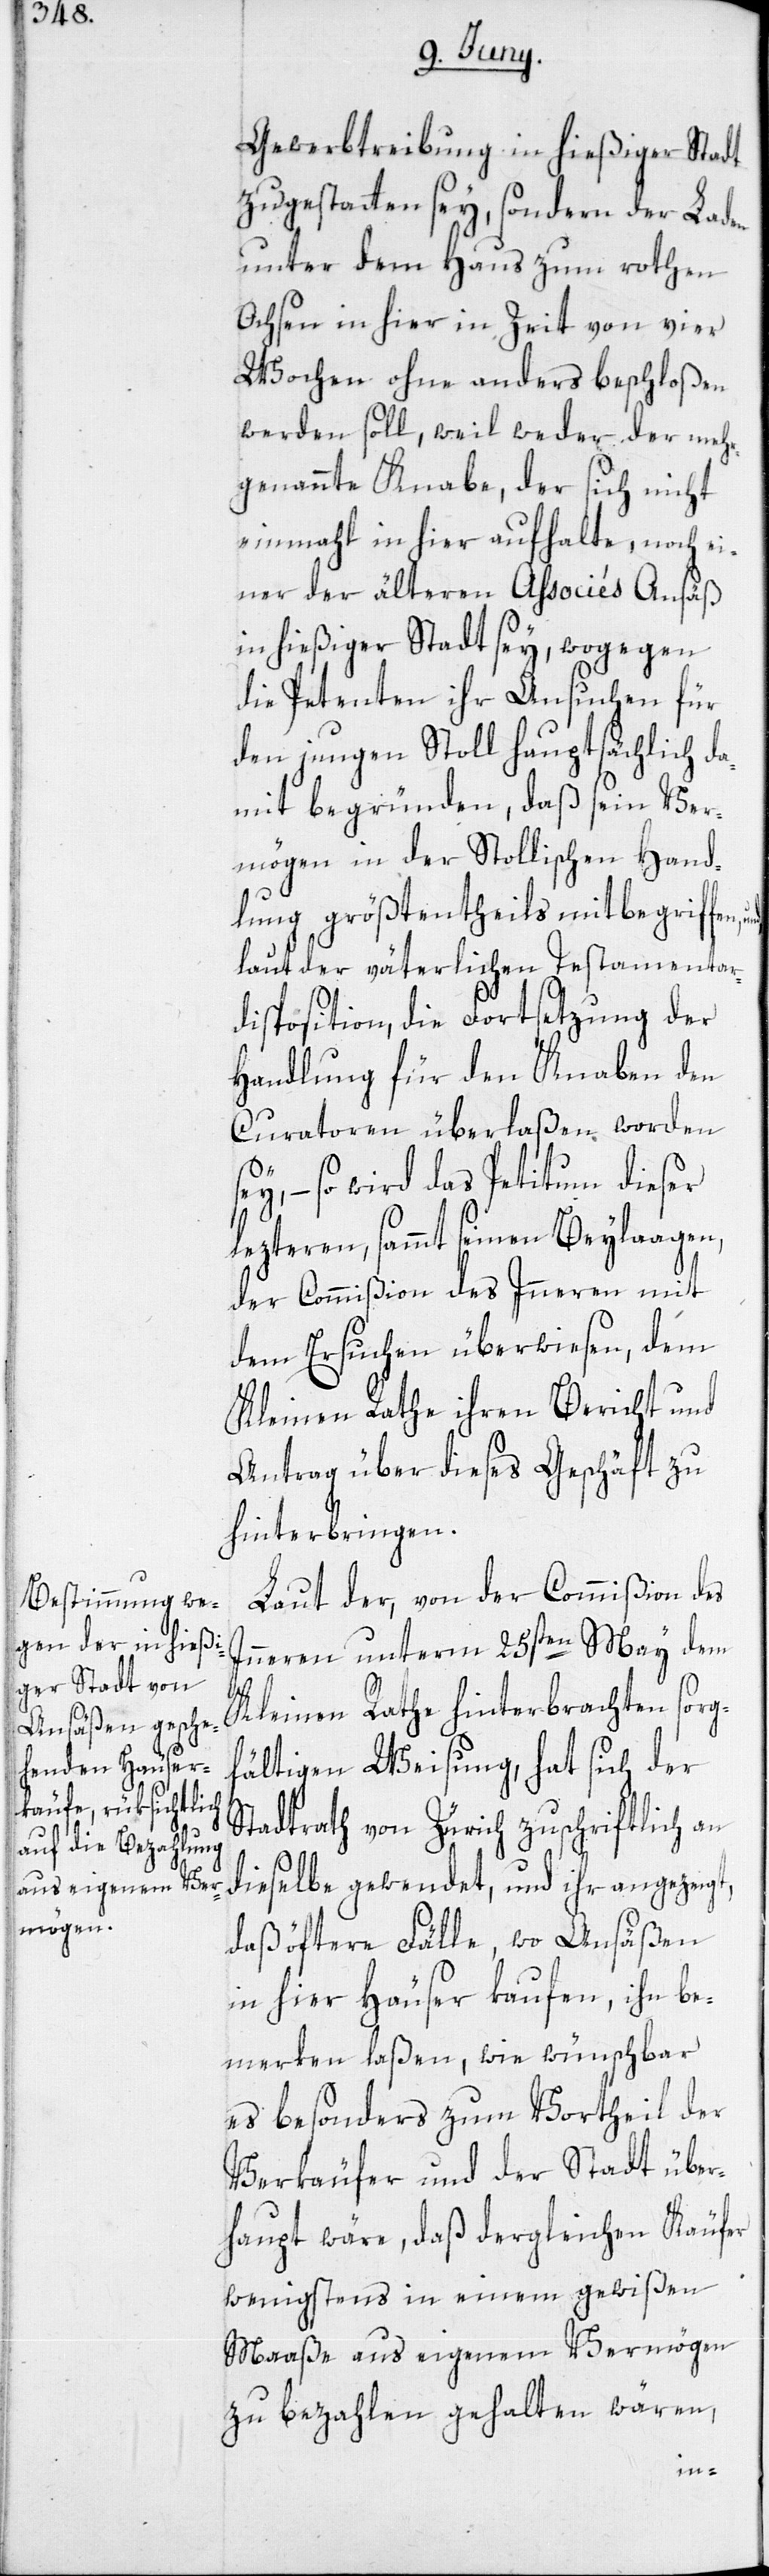
Gewerbtreibung in hießiger Stadt
zu gestatten sey, sondern der Laden
unter dem Haus zum rothen
Ochsen in hier in Zeit von vier
Wochen ohne anders beschloßen
werden soll, weil weder der mehr¬
genannte Knabe, der sich nicht
einmahl in hier aufhalte, noch ei¬
ner der älteren Associés Ansäß
in hießiger Stadt sey, wogegen
die Petenten ihr Ansuchen für
den jungen Stoll hauptsächlich da¬
mit begründen, daß sein Ver¬
mögen in der Stollischen Hand¬
lung größtentheils mitbegriffen,
laut der väterlichen Testamentar¬
disposition, die Fortsetzung der
Handlung für den Knaben den
Curatoren überlaßen worden
ey, – so wird das Petitum dieser
lezteren, sammt seinen Beylaagen,
der Commißion des Inneren mit
dem Ersuchen überwiesen, dem
Kleinen Rathe ihren Bericht und
Antrag über dieses Geschäft zu
hinterbringen.
Laut der, von der Commißion des
Inneren unterm 25sten May dem
s¬
Kleinen Rathe hinterbrachten sorgf¬
ältigen Weisung, hat sich der
Stadtrath von Zürich zuschriftlich an
dieselbe gewendet, und ihr angezeigt,
daß öftere Fälle, wo Ansäßen
in hier Häuser kaufen, ihn be¬
merken laßen, wie wünschbar
es besonders zum Vortheil der
Verkäufer und der Stadt über¬
haupt wäre, daß dergleichen Käufer
wenigstens in einem gewißen
Maaße aus eigenem Vermögen
zu bezahlen gehalten wären,
und